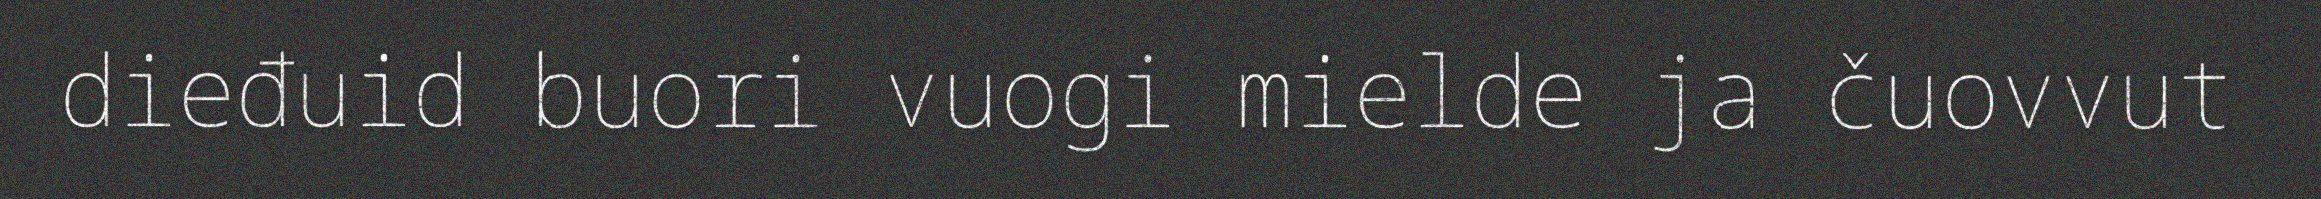
dieđuid buori vuogi mielde ja čuovvut